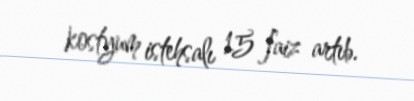
kostyum istehsalı 15 faiz artıb.